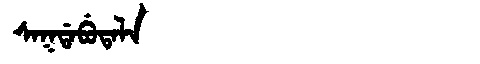
Manchu: ᠰᠠᡴᡩᠠᠪᡠᡨᠠᠯᠠ
Romanization: SAKDABUTALA